Vaccination United Provinces of Agra and Oudh 1923-1928 - 1923-1928
Year: 1923
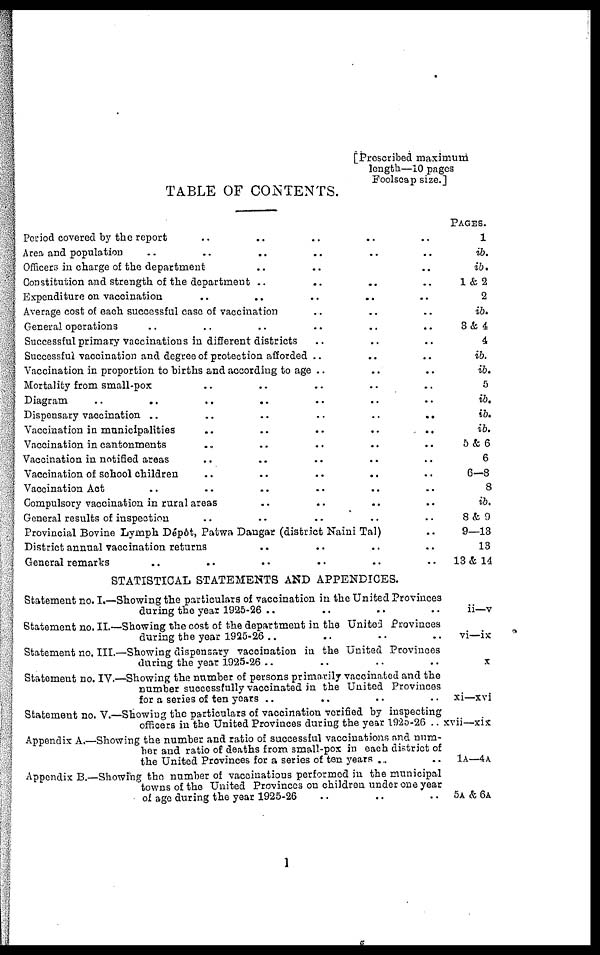
[Prescribed maximum
length—10 pages
Foolscap size.]
TABLE OF CONTENTS.
Period covered by the report .. .. .. .. ..
Area and population .. .. .. .. .. ..
Officers in charge of the department .. .. .. ..
Constitution and strength of the department .. .. .. ..
Expenditure on vaccination .. .. .. .. ..
Average cost of each successful case of vaccination .. .. ..
General operations .. .. .. .. .. ..
Successful primary vaccinations in different districts .. .. ..
Successful vaccination and degree of protection afforded .. .. ..
Vaccination in proportion to births and according to age .. .. ..
Mortality from small-pox .. .. .. .. ..
Diagram .. .. .. .. .. .. ..
Dispensary vaccination ..
..
..
..
..
..
Vaccination in municipalities
..
..
..
..
..
Vaccination in cantonments .. .. .. .. ..
Vaccination in notified areas .. .. .. .. ..
Vaccination of school children .. .. .. .. ..
Vaccination Act .. .. .. .. .. ..
Compulsory vaccination in rural areas .. .. .. ..
General results of inspection .. .. .. .. ..
Provincial Bovine Lymph Dépôt, Patwa Dangar (district Naini Tal) ..
District annual vaccination returns .. .. .. ..
General remarks .. .. .. .. .. ..
STATISTICAL STATEMENTS AND APPENDICES.
Statement no. I.—Showing the particulars of vaccination in the United Provinces
during the year 1925-26 .. .. .. ..
Statement no. II.—Showing the cost of the department in the United Provinces
during the year 1925-26 .. .. .. ..
Statement no. III.—Showing dispensary vaccination in the United Provinces
during the year 1925-26 .. .. .. ..
Statement no. IV.—Showing the number of persons primarily vaccinated and the
number successfully vaccinated in the United Provinces
for a series of ten years .. .. .. ..
Statement no. V.—Showing the particulars of vaccination verified by inspecting
officers in the United Provinces during the year 1925-26 ..
Appendix A.—Showing the number and ratio of successful vaccinations and num-
ber and ratio of deaths from small-pox in each district of
the United Provinces for a series of ten years .. ..
Appendix B.—Showing the number of vaccinations performed in the municipal
towns of the United Provinces on children under one year
of age during the year 1925-26 .. .. ..
PAGES.
1
ib.
ib.
1&2
2
ib.
3& 4
4
ib.
ib.
5
ib.
ib.
ib.
5& 6
6
6-8
8
ib.
8& 9
9—13
13
13 & 14
ii—v
vi—ix
x
xi—xvi
xvii—xix
1A—4A
5A & 6A
1